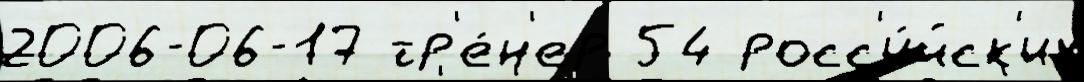
2006-06-17 тр'е́н'ер 54 росс'и́йск'их